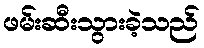
ဖမ်းဆီးသွားခဲ့သည်